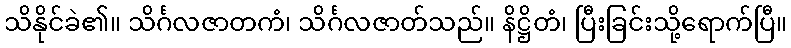
သိနိုင်ခဲ၏။ သိင်္ဂလဇာတကံ၊ သိင်္ဂလဇာတ်သည်။ နိဋ္ဌိတံ၊ ပြီးခြင်းသို့ရောက်ပြီ။